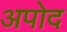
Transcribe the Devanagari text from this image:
अपोद